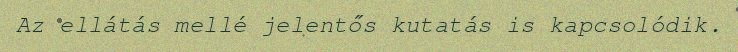
Az ellátás mellé jelentős kutatás is kapcsolódik.